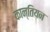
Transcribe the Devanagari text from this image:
कान्तियन